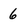
Character: 6